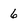
Character: 6